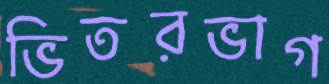
ভিতরভাগ